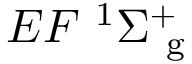
{ E F } ~ ^ { 1 } { \Sigma } _ { \mathrm { ~ g ~ } } ^ { + }